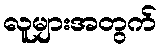
လူများအတွက်